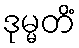
ဒုမ္မတိံ